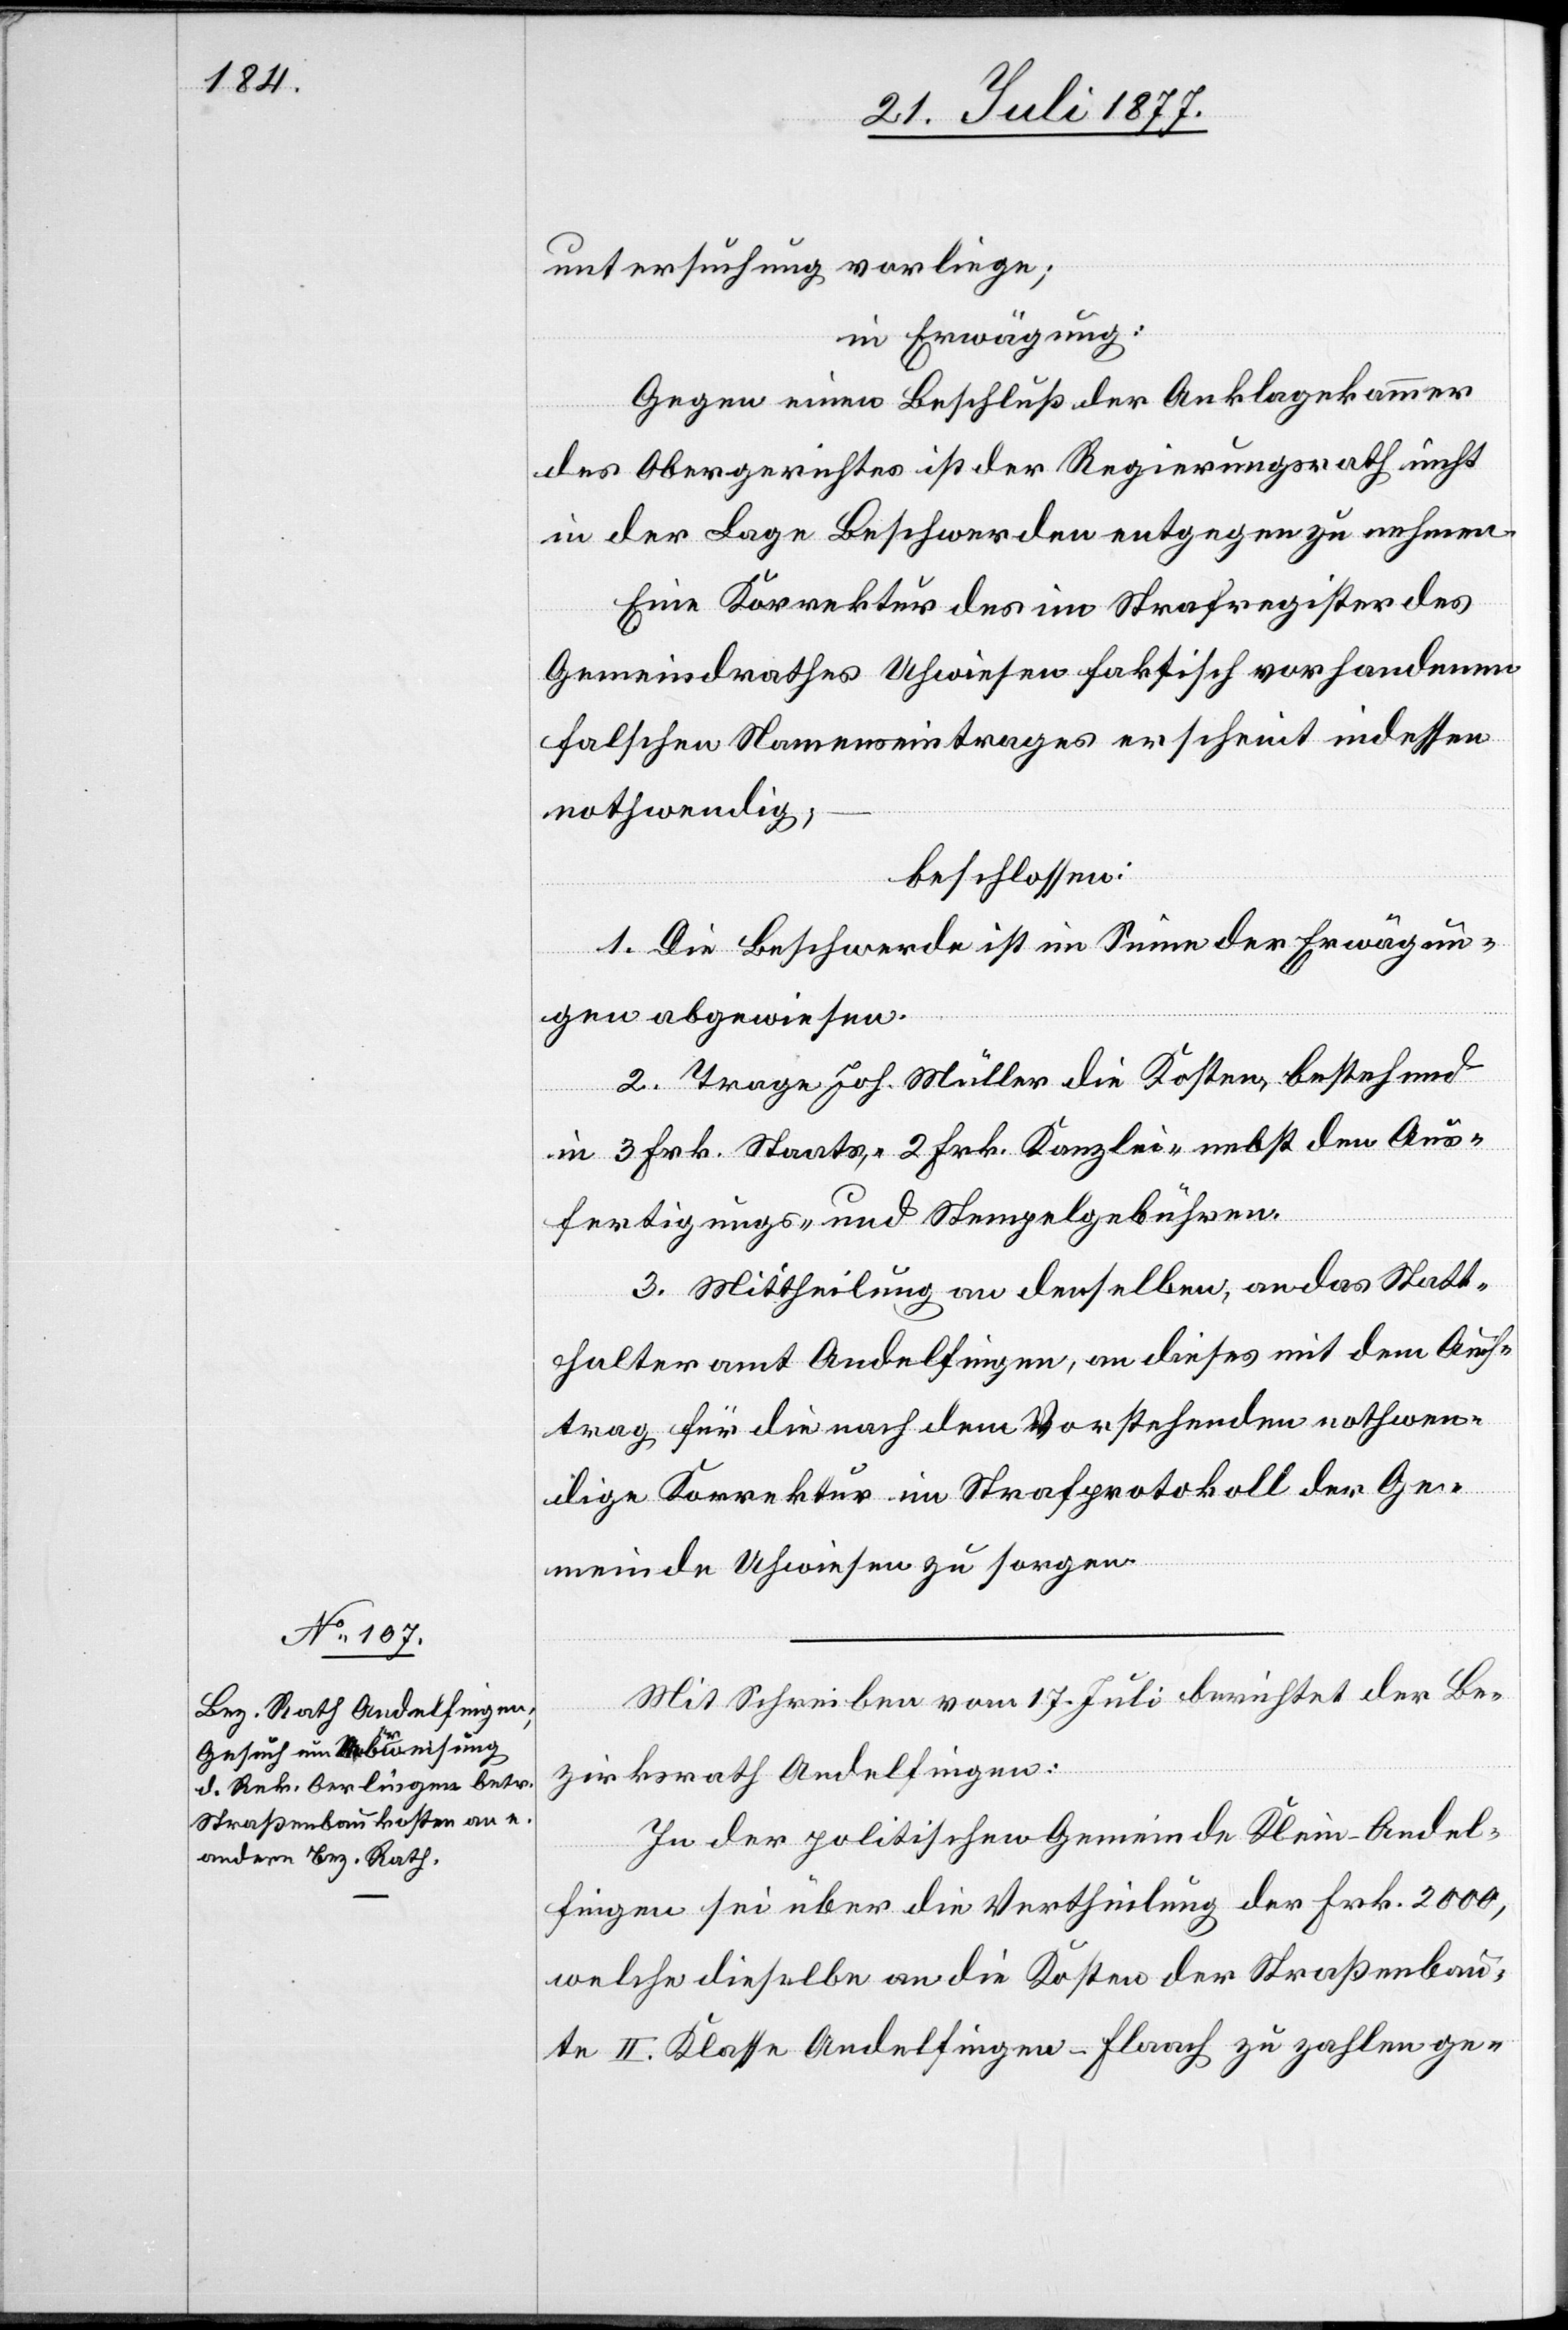
untersuchung vorliege;
in Erwägung:
Gegen einen Beschluß der Anklagekammer
des Obergerichtes ist der Regierungsrath nicht
in der Lage Beschwerden entgegen zu nehmen.
Eine Korrektur des im Strafregister des
Gemeindrathes Uhwiesen faktisch vorhandenen
falschen Namenseintrages erscheint indessen
nothwendig;
beschlossen:
1. Die Beschwerde ist im Sinne der Erwägun¬
gen abgewiesen.
2. Trage Joh. Müller die Kosten, bestehend
in 3 Frk. Staats-, 2 Frk. Kanzlei-[,] nebst den Aus¬
fertigungs- und Stempelgebühren.
3. Mittheilung an denselben, an das Statt¬
halteramt Andelfingen, an dieses mit dem Auf¬
trag für die nach dem Vorstehenden nothwen¬
dige Korrektur im Strafprotokoll der Ge¬
meinde Uhwiesen zu sorgen.
Mit Schreiben vom 17. Juli berichtet der Be¬
zirksrath Andelfingen:
In der politischen Gemeinde Klein-Andel¬
fingen sei über die Vertheilung der Frk. 2000,
welche dieselbe an die Kosten der Straßenbau¬
te II. Klasse Andelfingen–Flaach zu zahlen ge-